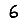
Digit: 6